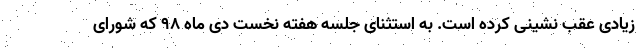
زیادی عقب نشینی کرده است. به استثنای جلسه هفته نخست دی ماه ۹۸ که شورای